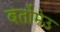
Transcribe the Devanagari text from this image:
बर्तोमेउ